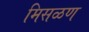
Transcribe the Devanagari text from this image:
मिसळण